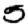
Digit: 5